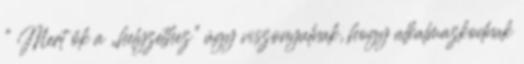
” Mert ők a „helyzethez” úgy viszonyulnak, hogy alkalmazkodnak